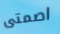
اصمتى